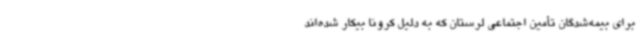
برای بیمه‌شدگان تأمین اجتماعی لرستان که به دلیل کرونا بیکار شده‌اند